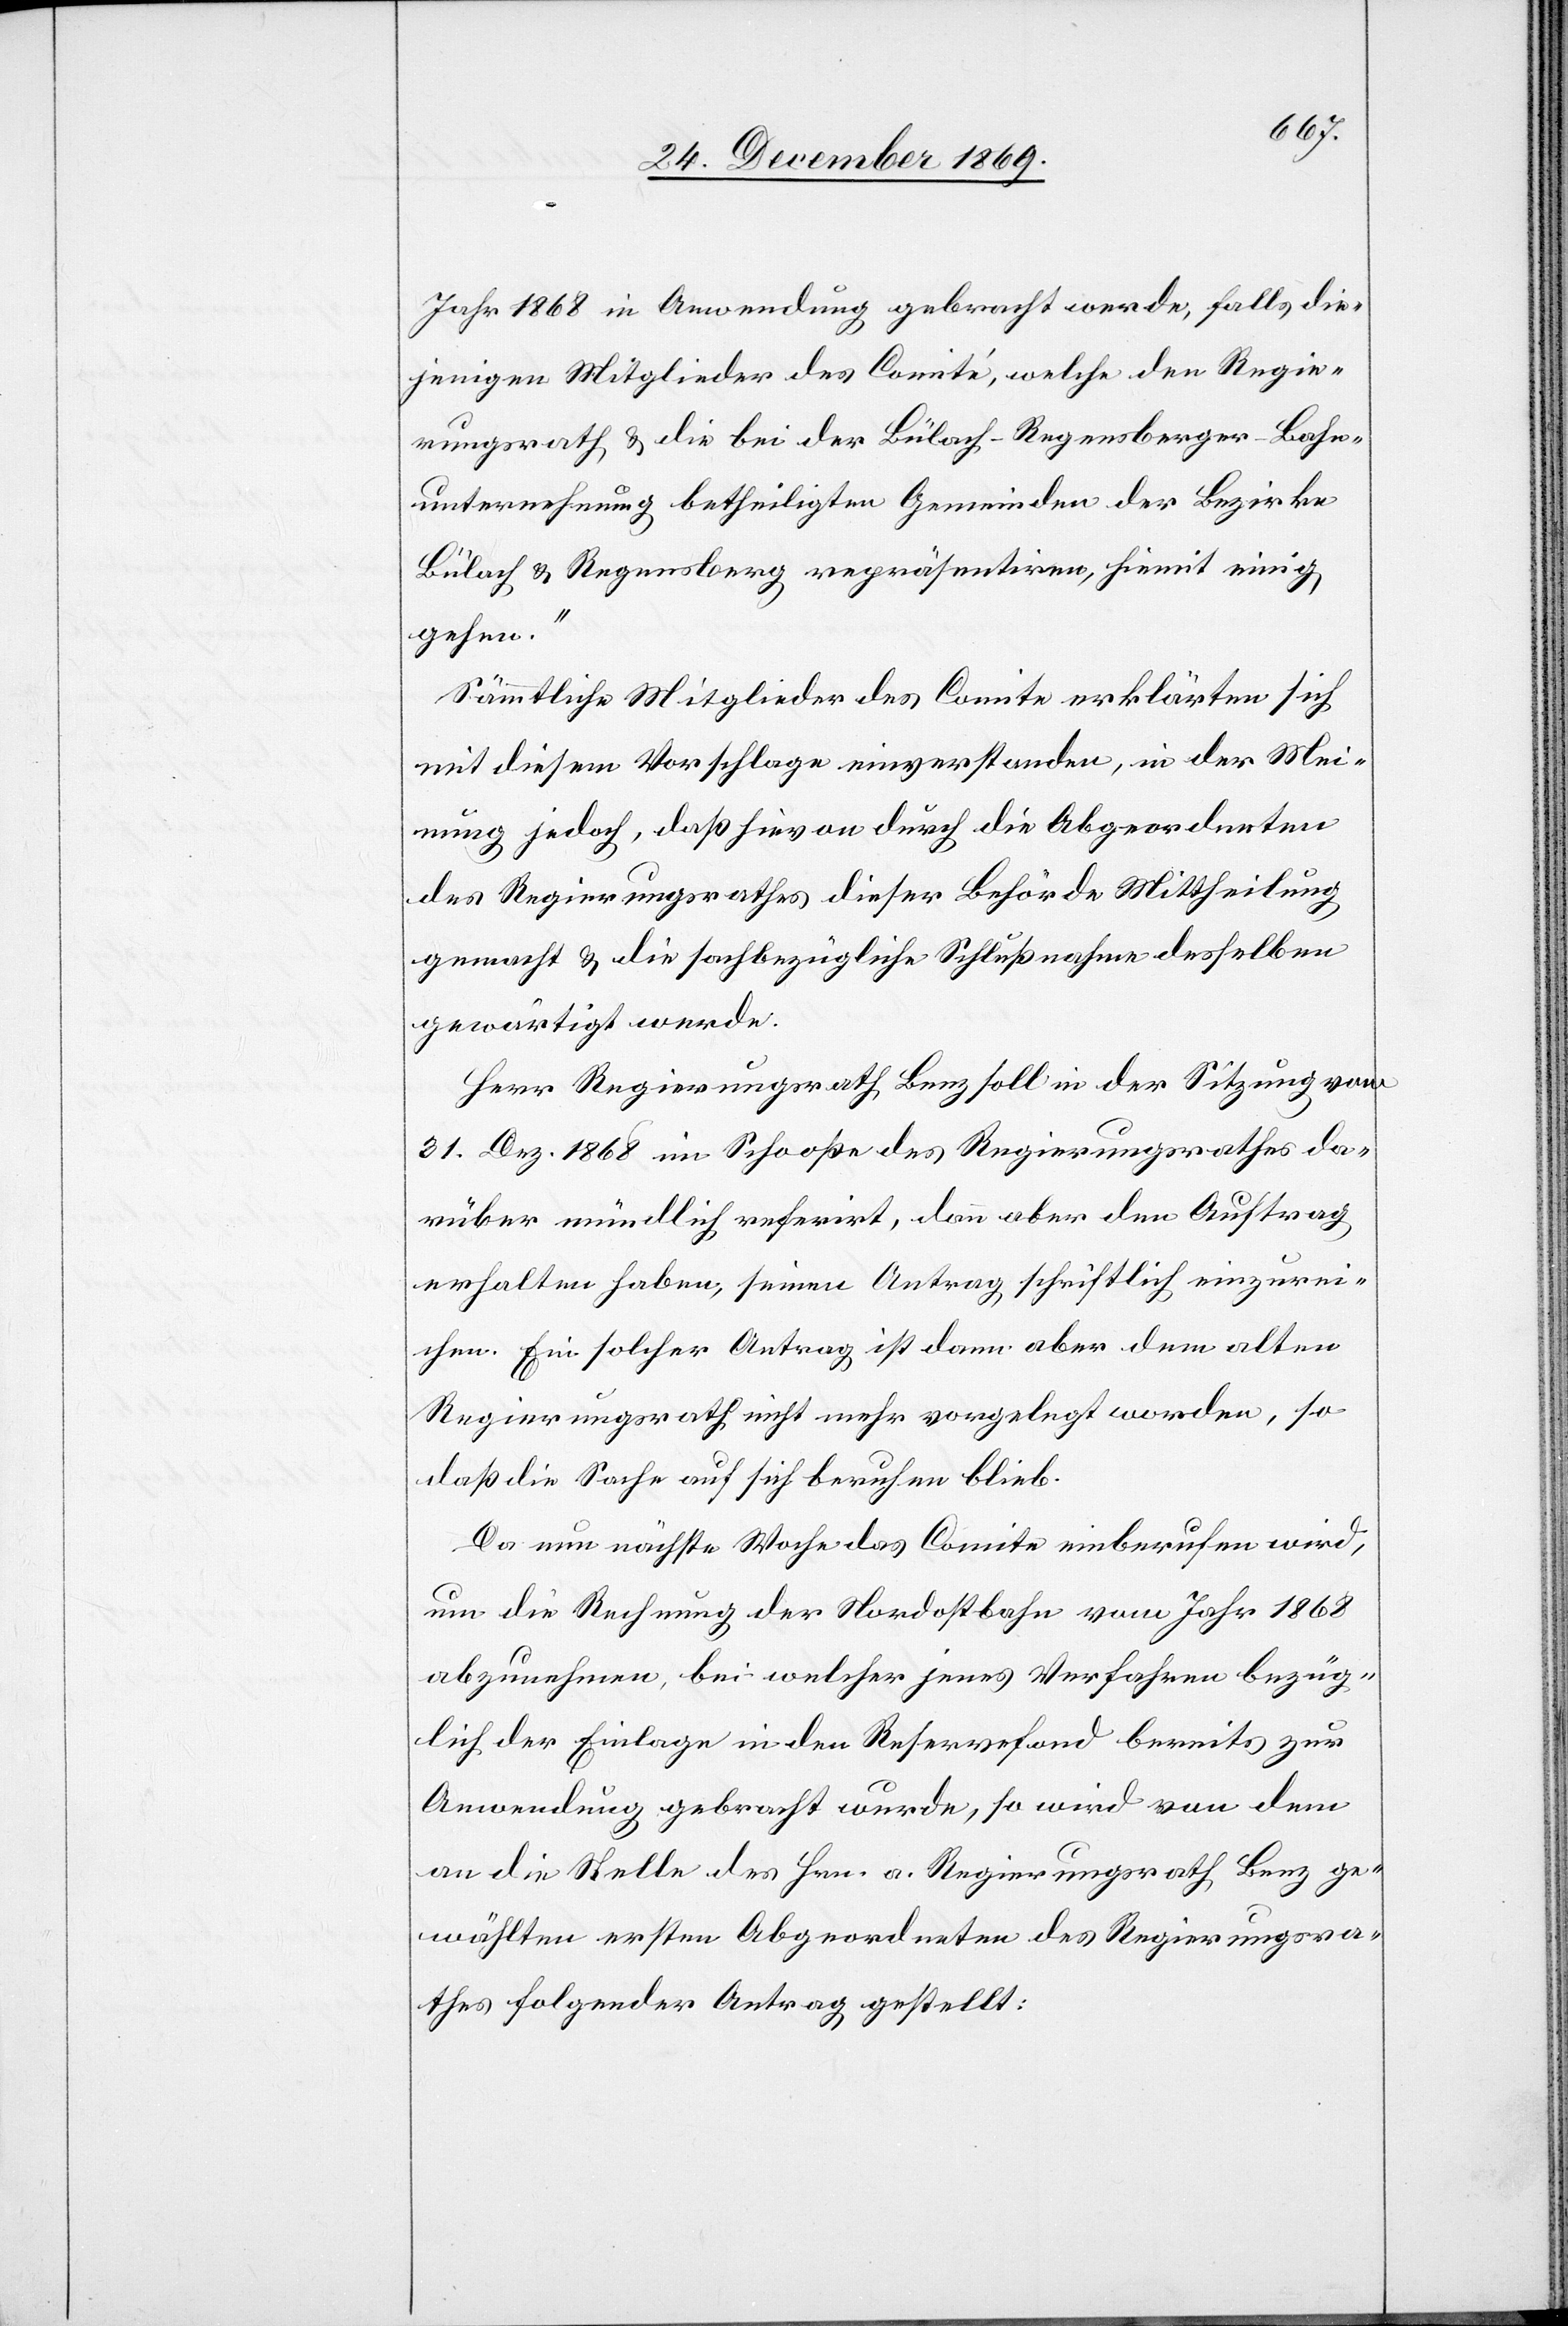
Jahr 1868 in Anwendung gebracht werde, falls die¬
jenigen Mitglieder des Comité, welche den Regie¬
rungsrath & die bei der Bülach-Regensberger-Bahn¬
unternehmung betheiligten Gemeinden der Bezirke
Bülach & Regensberg repräsentiren, hiemit einig
gehen.“
Sämmtliche Mitglieder des Comite erklärten sich
mit diesem Vorschlage einverstanden, in der Mei¬
nung jedoch, daß hievon durch die Abgeordneten
des Regierungsrathes dieser Behörde Mittheilung
gemacht & die sachbezügliche Schlußnahme desselben
gewärtigt werde.
Herr Regierungsrath Benz soll in der Sitzung vom
31. Dez. 1868 im Schooße des Regierungsrathes da¬
rüber mündlich referirt, dann aber den Auftrag
erhalten haben, seinen Antrag schriftlich einzurei¬
chen. Ein solcher Antrag ist dann aber dem alten
Regierungsrath nicht mehr vorgelegt worden, so
daß die Sache auf sich beruhen blieb.
Da nun nächste Woche das Comite einberufen wird,
um die Rechnung der Nordostbahn vom Jahr 1868
abzunehmen, bei welcher jenes Verfahren bezüg¬
lich der Einlage in den Reservefond bereits zur
Anwendung gebracht wurde, so wird von dem
an die Stelle des Hrn. a. Regierungsrath Benz ge¬
wählten ersten Abgeordneten des Regierungsra¬
thes folgender Antrag gestellt: